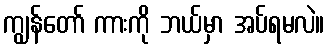
ကျွန်တော် ကားကို ဘယ်မှာ အပ်ရမလဲ။